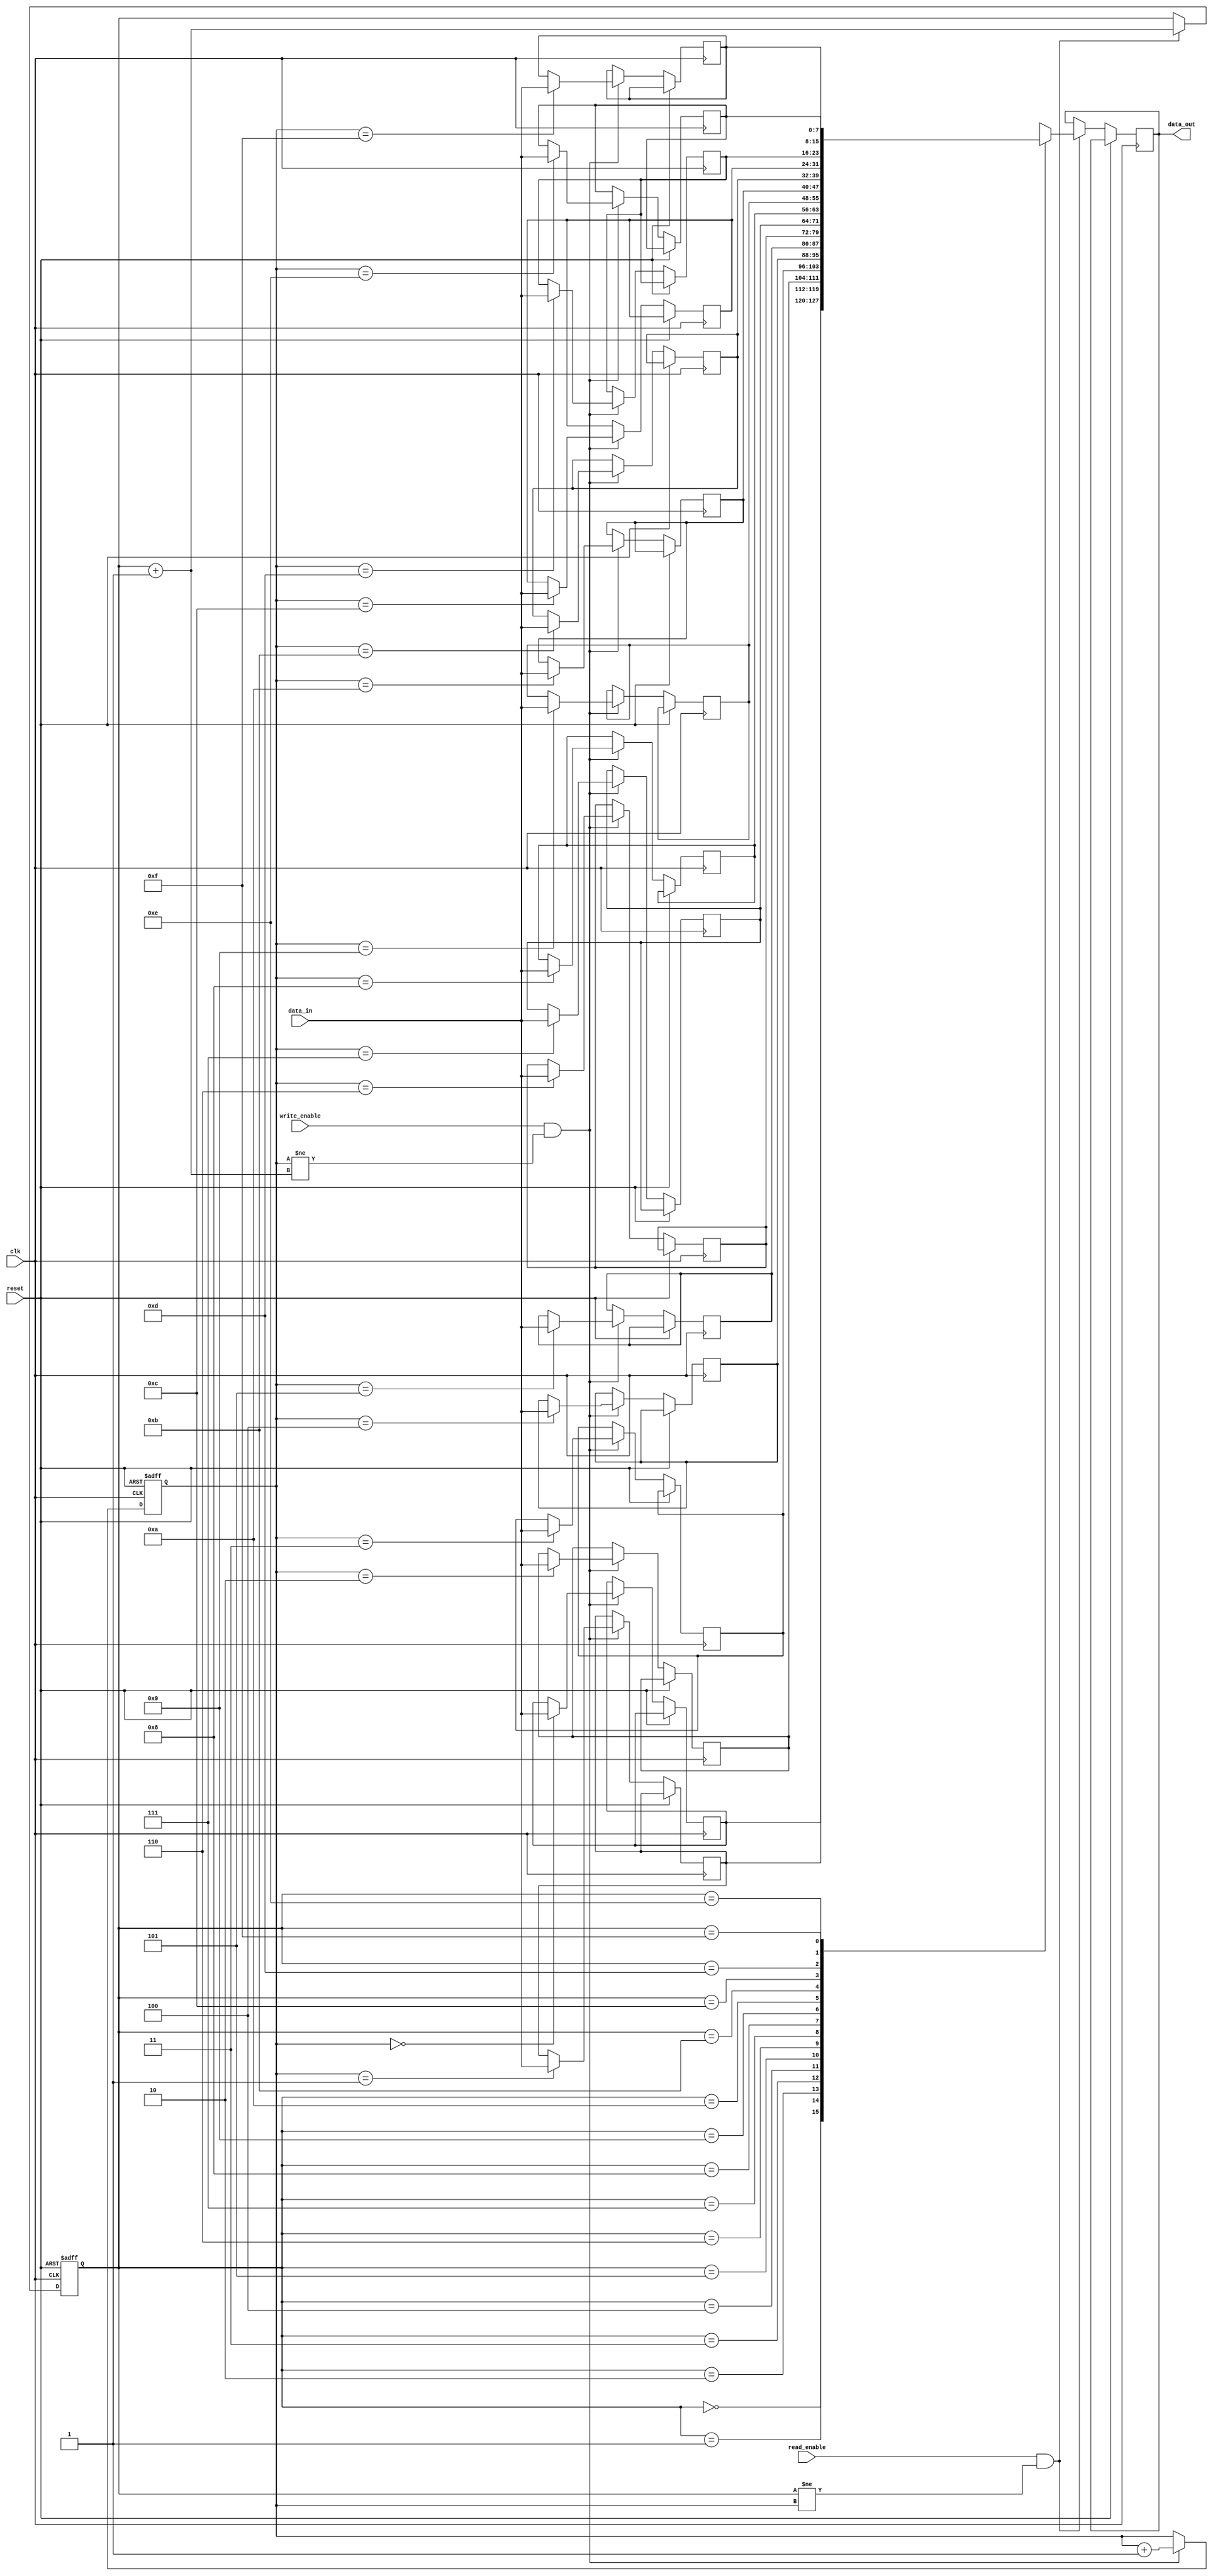
module async_fifo (
    input wire clk,
    input wire reset,
    input wire write_enable,
    input wire read_enable,
    input wire [7:0] data_in,
    output reg [7:0] data_out
);

reg [7:0] fifo [0:15]; // FIFO memory with 16 entries
reg [3:0] write_ptr = 4'b0000; // Write pointer initialized to 0
reg [3:0] read_ptr = 4'b0000; // Read pointer initialized to 0

always @(posedge clk or posedge reset) begin
    if (reset) begin
        write_ptr <= 4'b0000;
        read_ptr <= 4'b0000;
    end else begin
        if (write_enable && (write_ptr != read_ptr + 4'd1)) begin
            fifo[write_ptr] <= data_in;
            write_ptr <= write_ptr + 4'd1;
        end
        if (read_enable && (read_ptr != write_ptr)) begin
            data_out <= fifo[read_ptr];
            read_ptr <= read_ptr + 4'd1;
        end
    end
end

endmodule